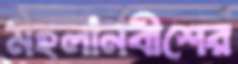
মহলানবীশের